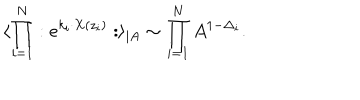
\langle \prod _ { i = 1 } ^ { N } : e ^ { k _ { i } \cdot X ( z _ { i } ) } : \rangle _ { \mid A } \sim \prod _ { i = 1 } ^ { N } A ^ { 1 - \Delta _ { i } } .